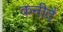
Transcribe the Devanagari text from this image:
कनीदै